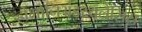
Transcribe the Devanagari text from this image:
होमोनिअंडरथलैसिस